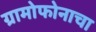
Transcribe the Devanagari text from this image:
ग्रामोफोनाचा